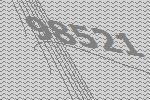
98521